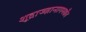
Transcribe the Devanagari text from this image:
शूद्राज्ज्ञानागमश्चैव